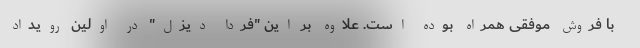
با فروش موفقی همراه بوده است. علاوه بر این "فردا دیزل" در اولین رویداد